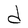
Character: d